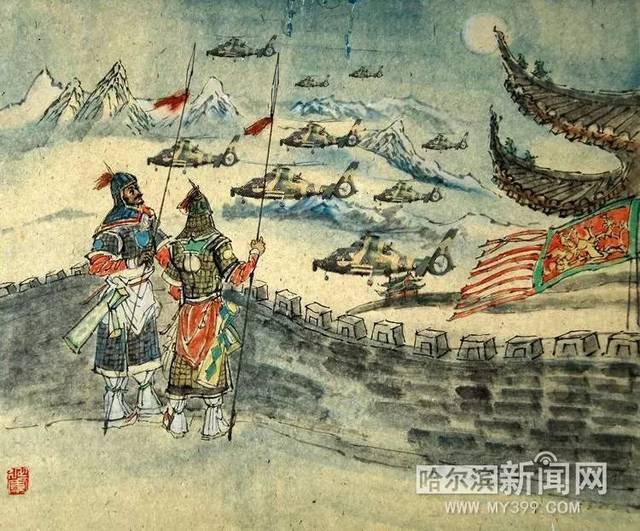
秦时明月汉时关，万里长征人未还。